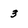
Character: 3